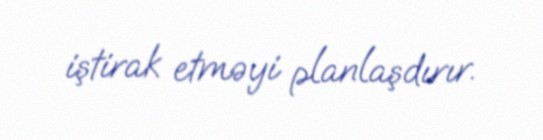
iştirak etməyi planlaşdırır.